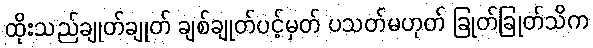
ထိုးသည်ချုတ်ချုတ် ချစ်ချုတ်ပင့်မှတ် ပသတ်မဟုတ် ခြုတ်ခြုတ်သိက